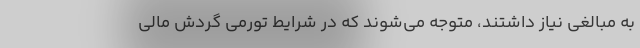
به مبالغی نیاز داشتند، متوجه می‌شوند که در شرایط تورمی گردش مالی